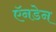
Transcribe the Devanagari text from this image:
ऍनडेन